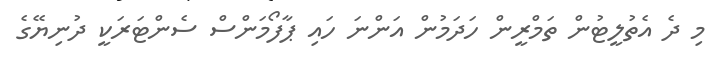
މި ދެ އެތުލީޓުން ތަމްރީން ހަދަމުން އަންނަ ހައި ޕާފޯމަންސް ސެންޓަރަކީ ދުނިޔޭގެ